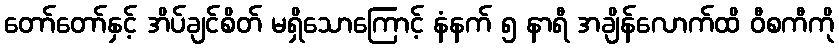
တော်တော်နှင့် အိပ်ချင်စိတ် မရှိသောကြောင့် နံနက် ၅ နာရီ အချိန်လောက်ထိ ဝီစကီကို